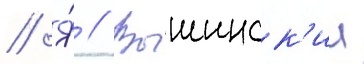
// Я́ // Вышинск'ии